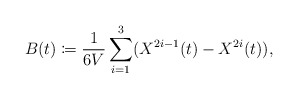
\begin{align*} B(t) \coloneqq \frac{1}{6V}\sum_{i=1}^{3} (X^{2i-1}(t) - X^{2i}(t)),\end{align*}